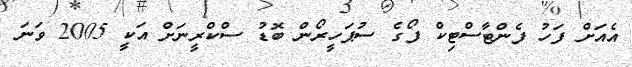
އެއަށް ފަހު ފެންޓާސްޓިކް ފޯގެ ސުޕަހީރޯން ބޮޑު ސްކްރީނަށް އަކީ 2005 ވަނަ